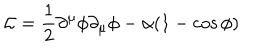
{ \cal L } = \frac { 1 } { 2 } \partial ^ { \mu } \phi \partial _ { \mu } \phi - \alpha ( 1 - \cos \phi )